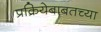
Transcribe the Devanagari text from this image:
प्रक्रियेबाबतच्या